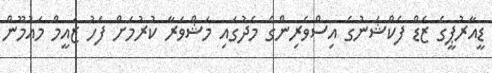
ޑީއާރުޕީގެ ޒެޑް ފެކްޝަނުގެ އިސްވެރިންގެ މެދުގައި މަޝްވަރާ ކުރުމަށް ފަހު ޒައީމް މައުމޫން